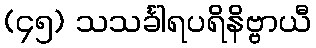
(၄၅) သသင်္ခါရပရိနိဗ္ဗာယီ